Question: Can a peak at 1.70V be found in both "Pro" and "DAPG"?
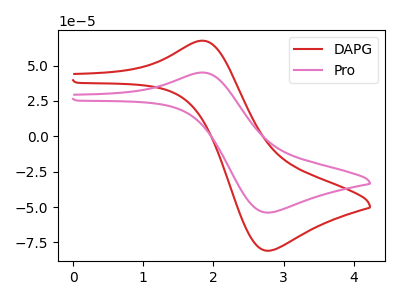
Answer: <think>The red curve "DAPG" has an anodic peak at (1.85V, 67.55uA) and a cathodic peak at (2.75V, -80.90uA). The pink curve "Pro" has an anodic peak at (1.85V, 45.05uA) and a cathodic peak at (2.75V, -53.95uA).</think>
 <answer>No, "Pro" and "DAPG" dont share a peak at 1.70V.</answer>
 <eval>mismatch</eval>